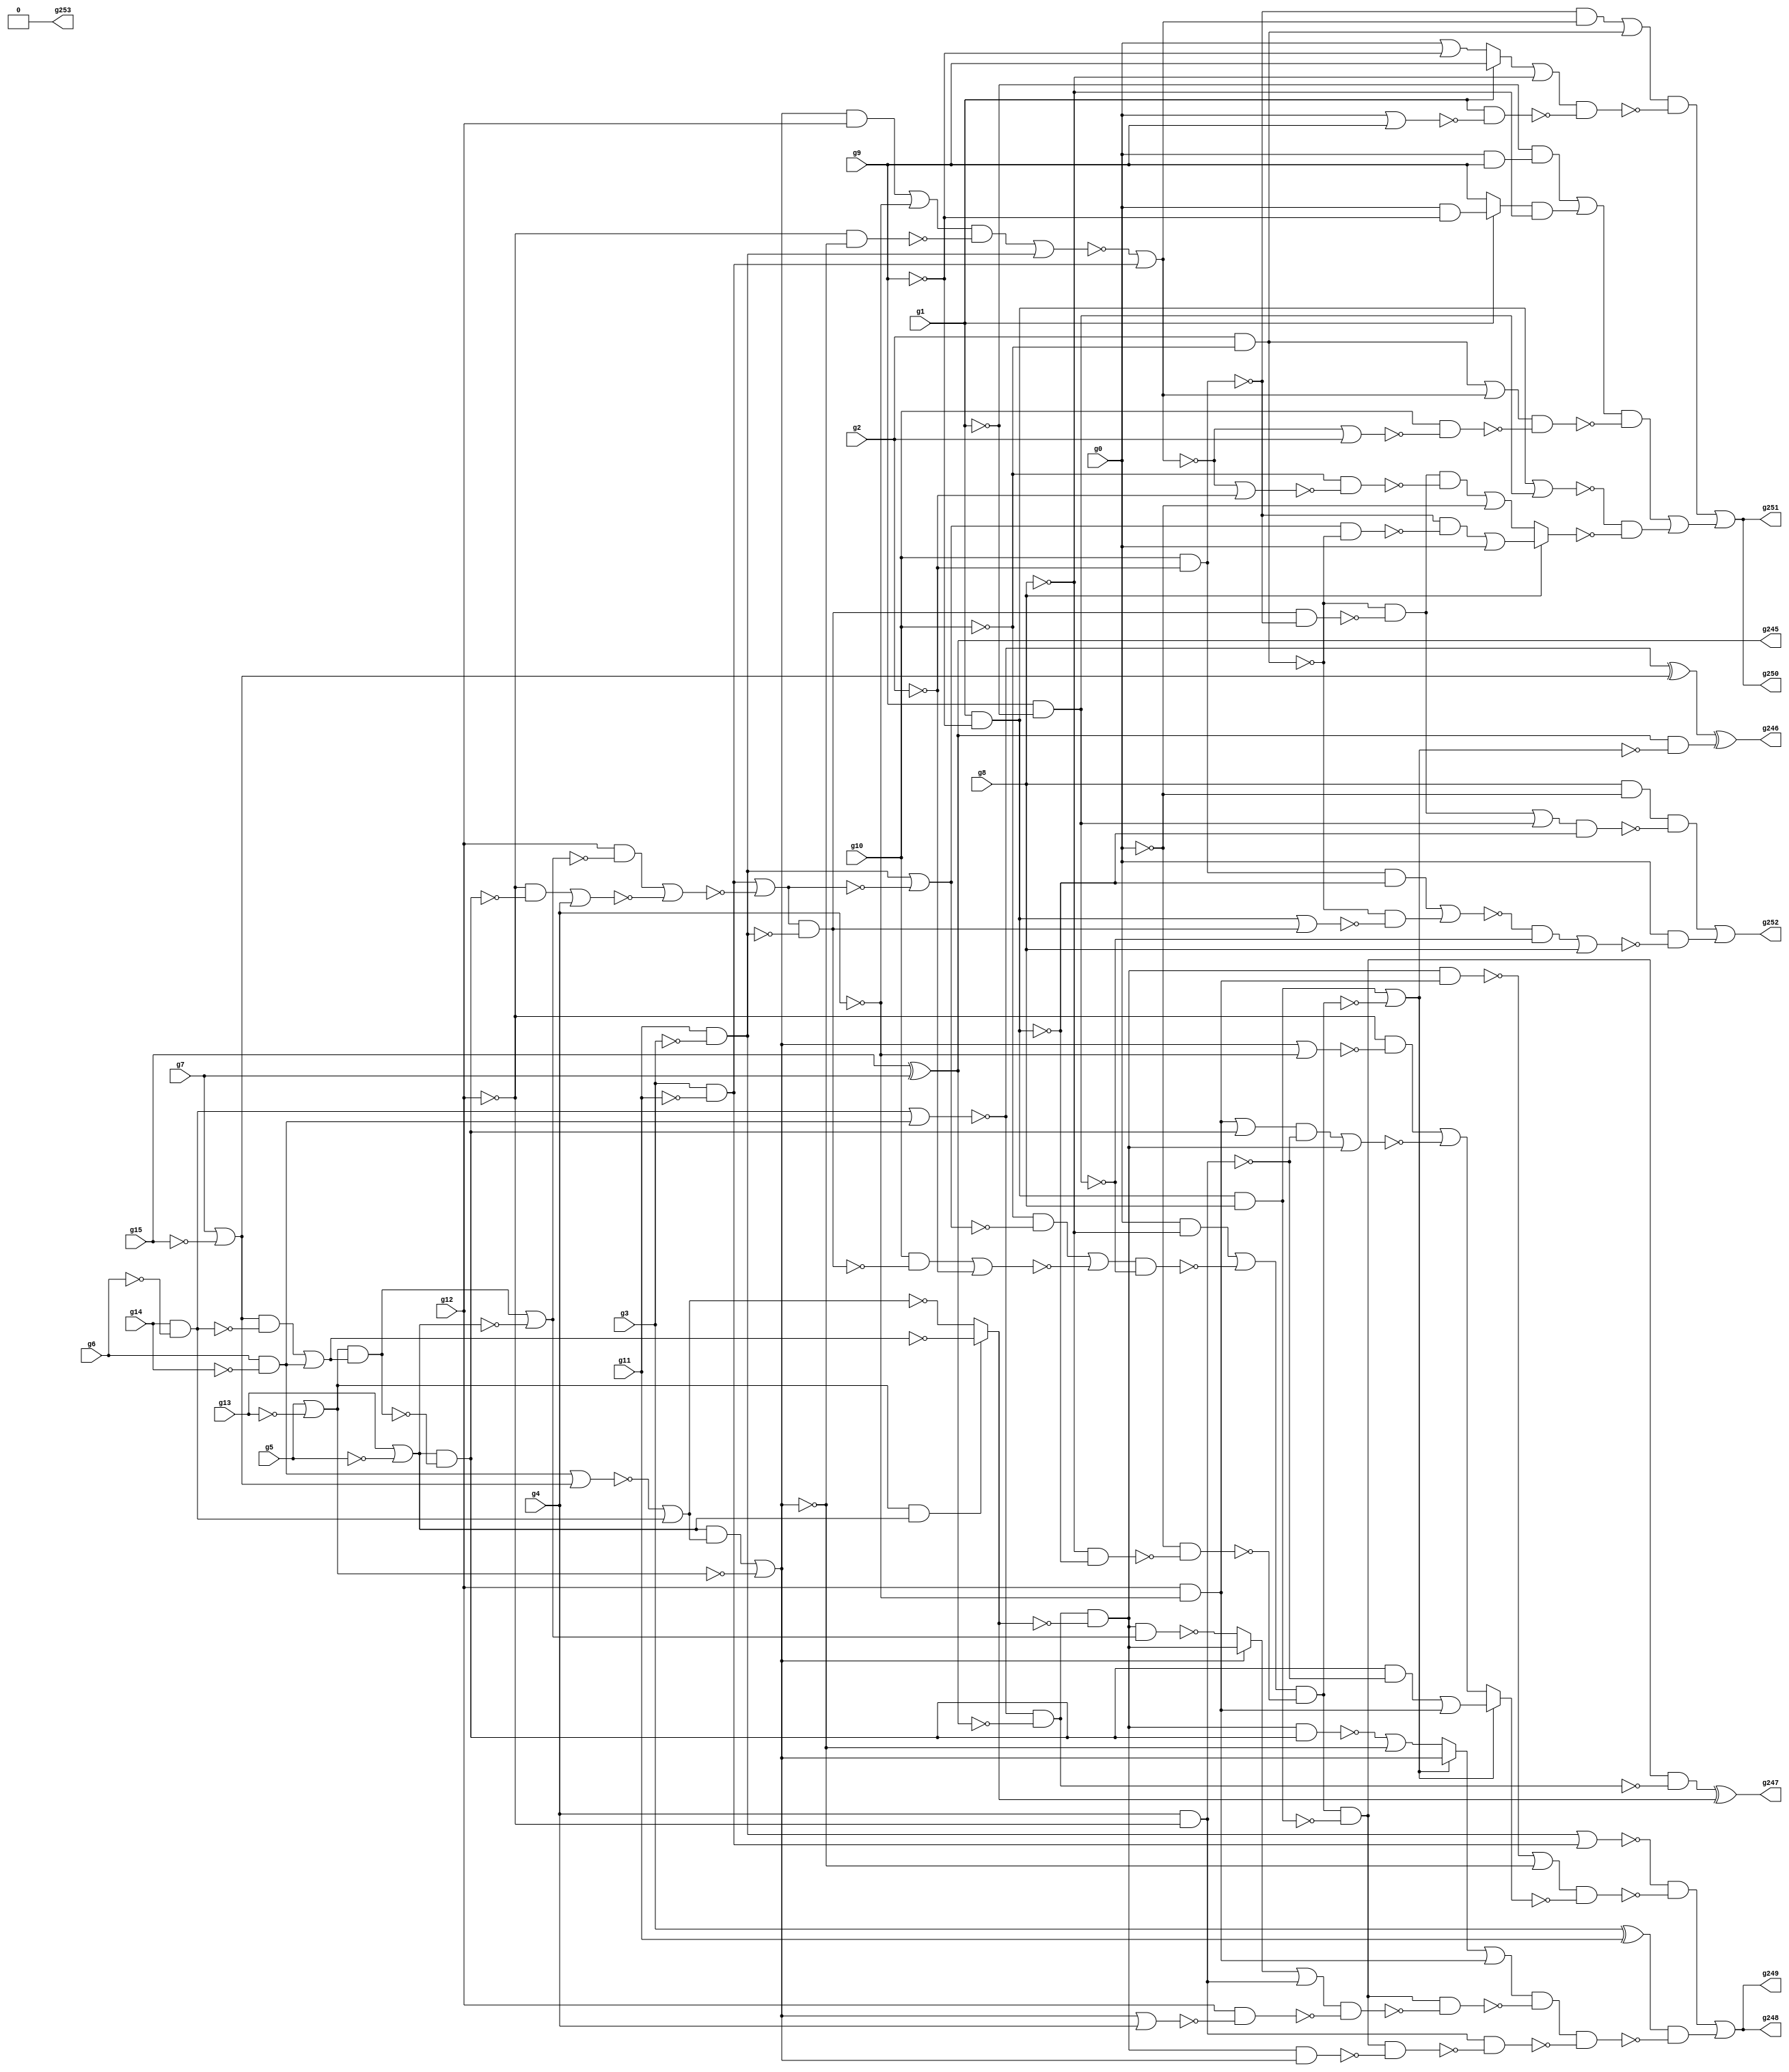
/* Generated by Yosys 0.9+4052 (git sha1 a5adb007, gcc 9.3.0-17ubuntu1~20.04 -fPIC -Os) */

module circuit(g0, g1, g2, g3, g4, g5, g6, g7, g8, g9, g10, g11, g12, g13, g14, g15, g253, g252, g251, g250, g249, g248, g247, g246, g245);
  wire _000_;
  wire _001_;
  wire _002_;
  wire _003_;
  wire _004_;
  wire _005_;
  wire _006_;
  wire _007_;
  wire _008_;
  wire _009_;
  wire _010_;
  wire _011_;
  wire _012_;
  wire _013_;
  wire _014_;
  wire _015_;
  wire _016_;
  wire _017_;
  wire _018_;
  wire _019_;
  wire _020_;
  wire _021_;
  wire _022_;
  wire _023_;
  wire _024_;
  wire _025_;
  wire _026_;
  wire _027_;
  wire _028_;
  wire _029_;
  wire _030_;
  wire _031_;
  wire _032_;
  wire _033_;
  wire _034_;
  wire _035_;
  wire _036_;
  wire _037_;
  wire _038_;
  wire _039_;
  wire _040_;
  wire _041_;
  wire _042_;
  wire _043_;
  wire _044_;
  wire _045_;
  wire _046_;
  wire _047_;
  wire _048_;
  wire _049_;
  wire _050_;
  wire _051_;
  wire _052_;
  wire _053_;
  wire _054_;
  wire _055_;
  wire _056_;
  wire _057_;
  wire _058_;
  wire _059_;
  wire _060_;
  wire _061_;
  wire _062_;
  wire _063_;
  wire _064_;
  wire _065_;
  wire _066_;
  wire _067_;
  wire _068_;
  wire _069_;
  wire _070_;
  wire _071_;
  wire _072_;
  wire _073_;
  wire _074_;
  wire _075_;
  wire _076_;
  wire _077_;
  wire _078_;
  wire _079_;
  wire _080_;
  wire _081_;
  wire _082_;
  wire _083_;
  wire _084_;
  wire _085_;
  wire _086_;
  wire _087_;
  wire _088_;
  wire _089_;
  wire _090_;
  wire _091_;
  wire _092_;
  wire _093_;
  wire _094_;
  wire _095_;
  wire _096_;
  wire _097_;
  wire _098_;
  wire _099_;
  wire _100_;
  wire _101_;
  wire _102_;
  wire _103_;
  wire _104_;
  wire _105_;
  wire _106_;
  wire _107_;
  wire _108_;
  wire _109_;
  wire _110_;
  wire _111_;
  wire _112_;
  wire _113_;
  wire _114_;
  wire _115_;
  wire _116_;
  wire _117_;
  wire _118_;
  wire _119_;
  wire _120_;
  wire _121_;
  wire _122_;
  wire _123_;
  wire _124_;
  wire _125_;
  wire _126_;
  wire _127_;
  wire _128_;
  wire _129_;
  wire _130_;
  wire _131_;
  wire _132_;
  wire _133_;
  wire _134_;
  wire _135_;
  wire _136_;
  wire _137_;
  wire _138_;
  wire _139_;
  wire _140_;
  input g0;
  input g1;
  input g10;
  input g11;
  input g12;
  input g13;
  input g14;
  input g15;
  input g2;
  output g245;
  output g246;
  output g247;
  output g248;
  output g249;
  output g250;
  output g251;
  output g252;
  output g253;
  input g3;
  input g4;
  input g5;
  input g6;
  input g7;
  input g8;
  input g9;
  assign g245 = g15 ^ g7;
  assign _067_ = ~g2;
  assign _068_ = ~g12;
  assign _069_ = g13 | ~(g5);
  assign _070_ = g5 | ~(g13);
  assign _071_ = g6 & ~(g14);
  assign _072_ = g7 | ~(g15);
  assign _073_ = g14 & ~(g6);
  assign _074_ = _072_ & ~(_073_);
  assign _075_ = ~(_074_ | _071_);
  assign _076_ = _070_ & ~(_075_);
  assign _077_ = _069_ & ~(_076_);
  assign _078_ = _068_ & ~(_077_);
  assign _079_ = _078_ | g4;
  assign _080_ = _076_ | ~(_069_);
  assign _081_ = g12 & ~(_080_);
  assign _082_ = _081_ | ~(_079_);
  assign _083_ = g3 & ~(g11);
  assign _084_ = _083_ | ~(_082_);
  assign _085_ = g11 & ~(g3);
  assign _086_ = _084_ & ~(_085_);
  assign _087_ = g10 & ~(_086_);
  assign _088_ = _087_ | _067_;
  assign _089_ = ~g10;
  assign _090_ = _085_ | ~(_084_);
  assign _091_ = _089_ & ~(_090_);
  assign _092_ = _091_ | ~(_088_);
  assign _093_ = g9 & ~(g1);
  assign _094_ = _092_ & ~(_093_);
  assign _095_ = g0 & ~(g8);
  assign _096_ = _095_ | ~(_094_);
  assign _097_ = ~g0;
  assign _098_ = ~g8;
  assign _099_ = g1 & ~(g9);
  assign _100_ = _098_ & ~(_099_);
  assign _101_ = _097_ & ~(_100_);
  assign _102_ = _096_ & ~(_101_);
  assign _103_ = _099_ & ~(_098_);
  assign _104_ = _103_ | ~(_102_);
  assign _105_ = g245 & ~(_104_);
  assign _106_ = ~(_073_ | _071_);
  assign _107_ = _106_ ^ _072_;
  assign g246 = _107_ ^ _105_;
  assign _108_ = ~(_071_ | _072_);
  assign _109_ = ~(_108_ | _073_);
  assign _110_ = _070_ & _069_;
  assign _111_ = _110_ ? _075_ : _109_;
  assign _112_ = _102_ & ~(_103_);
  assign _113_ = _106_ & ~(g245);
  assign _114_ = _112_ & ~(_113_);
  assign g247 = _114_ ^ _111_;
  assign _115_ = g3 ^ g11;
  assign _116_ = g12 & ~(g4);
  assign _117_ = _069_ & ~(_109_);
  assign _118_ = _117_ | ~(_070_);
  assign _119_ = _113_ & ~(_111_);
  assign _120_ = ~(_119_ & _077_);
  assign _121_ = _120_ | ~(_118_);
  assign _122_ = _104_ ? _118_ : _121_;
  assign _123_ = _122_ | _116_;
  assign _124_ = g4 & ~(g12);
  assign _125_ = ~(_119_ & _080_);
  assign _126_ = _118_ ? _119_ : _125_;
  assign _127_ = _126_ | _124_;
  assign _128_ = _118_ | g4;
  assign _129_ = g12 & ~(_128_);
  assign _130_ = _127_ & ~(_129_);
  assign _131_ = _112_ & ~(_130_);
  assign _132_ = _123_ & ~(_131_);
  assign _133_ = _119_ & _118_;
  assign _134_ = _112_ & ~(_133_);
  assign _135_ = _124_ & ~(_134_);
  assign _136_ = _132_ & ~(_135_);
  assign _137_ = _115_ & ~(_136_);
  assign _138_ = ~(_085_ | _083_);
  assign _139_ = _077_ & ~(_124_);
  assign _140_ = _139_ | _116_;
  assign _000_ = _116_ | _077_;
  assign _001_ = _000_ & ~(_124_);
  assign _002_ = _001_ | _119_;
  assign _003_ = ~g4;
  assign _004_ = _118_ | _003_;
  assign _005_ = _068_ & ~(_004_);
  assign _006_ = _005_ | ~(_002_);
  assign _007_ = _104_ ? _140_ : _006_;
  assign _008_ = ~(_119_ & _116_);
  assign _009_ = _008_ | ~(_118_);
  assign _010_ = _009_ & ~(_007_);
  assign _011_ = _138_ & ~(_010_);
  assign g248 = _011_ | _137_;
  assign _012_ = ~(_099_ | _093_);
  assign _013_ = g2 & ~(g10);
  assign _014_ = ~_013_;
  assign _015_ = g10 & ~(g2);
  assign _016_ = _086_ & ~(_015_);
  assign _017_ = _014_ & ~(_016_);
  assign _018_ = _118_ & ~(_068_);
  assign _019_ = _018_ | _003_;
  assign _020_ = _068_ & ~(_118_);
  assign _021_ = _019_ & ~(_020_);
  assign _022_ = ~(_021_ | _085_);
  assign _023_ = ~(_022_ | _083_);
  assign _024_ = _023_ | _067_;
  assign _025_ = _089_ & ~(_024_);
  assign _026_ = _017_ & ~(_025_);
  assign _027_ = _026_ | _097_;
  assign _028_ = ~_015_;
  assign _029_ = _090_ & ~(_013_);
  assign _030_ = _028_ & ~(_029_);
  assign _031_ = _030_ | g0;
  assign _032_ = g8 ? _031_ : _027_;
  assign _033_ = _012_ & ~(_032_);
  assign _034_ = ~g1;
  assign _035_ = g0 & ~(g9);
  assign _036_ = g1 ? _035_ : g9;
  assign _037_ = _036_ & ~(g8);
  assign _038_ = ~(g0 & g9);
  assign _039_ = _034_ & ~(_038_);
  assign _040_ = _039_ | _037_;
  assign _041_ = _013_ | ~(_023_);
  assign _042_ = _023_ | g2;
  assign _043_ = g10 & ~(_042_);
  assign _044_ = _041_ & ~(_043_);
  assign _045_ = _040_ & ~(_044_);
  assign _046_ = _045_ | _033_;
  assign _047_ = _028_ & ~(_023_);
  assign _048_ = _047_ | _013_;
  assign _049_ = g0 | ~(g9);
  assign _050_ = g1 ? g9 : _049_;
  assign _051_ = _050_ | _098_;
  assign _052_ = g0 | g9;
  assign _053_ = g1 & ~(_052_);
  assign _054_ = _051_ & ~(_053_);
  assign _055_ = _048_ & ~(_054_);
  assign g250 = _055_ | _046_;
  assign _056_ = _099_ | _086_;
  assign _057_ = _014_ & ~(_056_);
  assign _058_ = _015_ & ~(_099_);
  assign _059_ = ~(_058_ | _057_);
  assign _060_ = _059_ & ~(_093_);
  assign _061_ = _060_ | g8;
  assign _062_ = g0 & ~(_061_);
  assign _063_ = g8 & ~(g0);
  assign _064_ = _017_ | _093_;
  assign _065_ = _064_ & ~(_099_);
  assign _066_ = _063_ & ~(_065_);
  assign g252 = _066_ | _062_;
  assign g249 = g248;
  assign g251 = g250;
  assign g253 = 1'h0;
endmodule